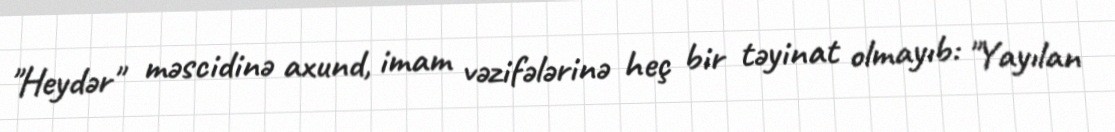
"Heydər" məscidinə axund, imam vəzifələrinə heç bir təyinat olmayıb: "Yayılan